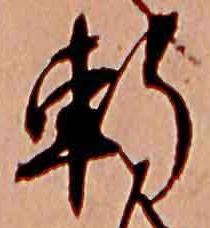
軒